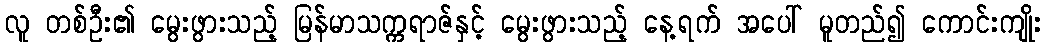
လူ တစ်ဦး၏ မွေးဖွားသည့် မြန်မာသက္ကရာဇ်နှင့် မွေးဖွားသည့် နေ့ရက် အပေါ် မူတည်၍ ကောင်းကျိုး